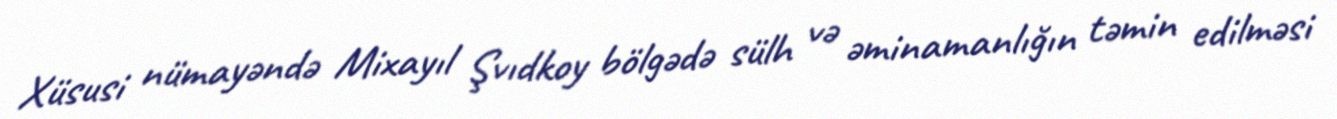
Xüsusi nümayəndə Mixayıl Şvıdkoy bölgədə sülh və əminamanlığın təmin edilməsi